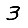
Digit: 3